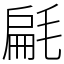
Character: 㲢